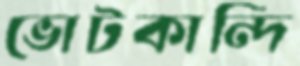
ভোটকান্দি